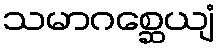
သမာဂစ္ဆေယျံ